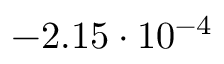
- 2 . 1 5 \cdot 1 0 ^ { - 4 }